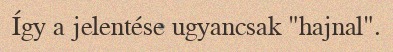
Így a jelentése ugyancsak "hajnal".